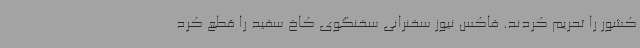
کشور را تحریم کردند. فاکس نیوز سخنرانی سخنگوی کاخ سفید را قطع کرد